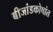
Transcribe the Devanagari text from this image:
बीजांडकोषांत